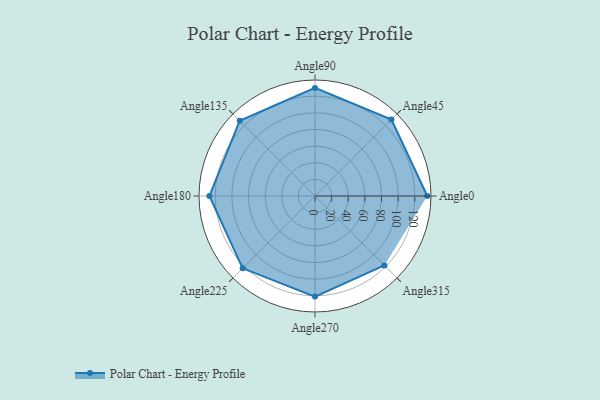
{"axis": {"x": "Angle", "y": "Radius"}, "legend": [""], "data": [{"x": "Angle0", "y": 135.0, "type": ""}, {"x": "Angle45", "y": 130.0, "type": ""}, {"x": "Angle90", "y": 130.0, "type": ""}, {"x": "Angle135", "y": 128.0, "type": ""}, {"x": "Angle180", "y": 127.0, "type": ""}, {"x": "Angle225", "y": 123.0, "type": ""}, {"x": "Angle270", "y": 121.0, "type": ""}, {"x": "Angle315", "y": 118.0, "type": ""}]}